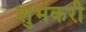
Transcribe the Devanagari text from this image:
शुभंकरी